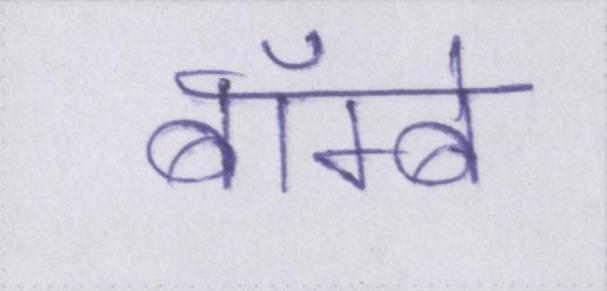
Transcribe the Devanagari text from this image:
बॅाम्बे